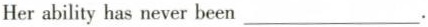
Her ability has never been ___.